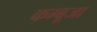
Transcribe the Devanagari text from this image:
कम्बूजा